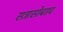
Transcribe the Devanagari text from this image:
सत्रासोबतच